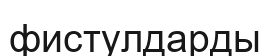
фистулдарды